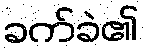
ခက်ခဲ၏